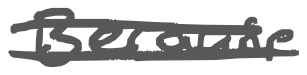
Text: Because
Cross-out: mix
Writing tool: digital_gray